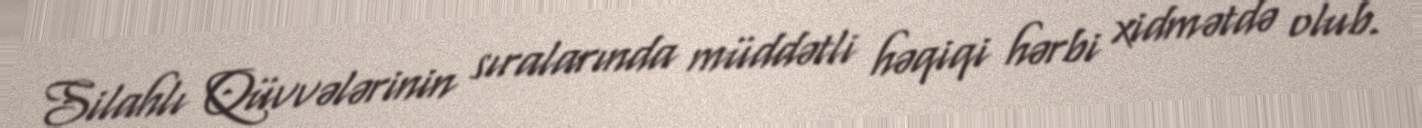
Silahlı Qüvvələrinin sıralarında müddətli həqiqi hərbi xidmətdə olub.